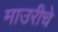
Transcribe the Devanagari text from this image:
माउरीचे